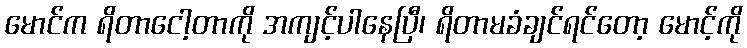
မောင်က ရိတာငေါ့တာကို အကျင့်ပါနေပြီ၊ ရိတာမခံချင်ရင်တော့ မောင့်ကို